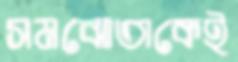
সমঝোতাকেই